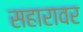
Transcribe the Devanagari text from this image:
सहारावर